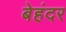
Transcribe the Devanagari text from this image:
बेहंदर